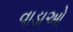
વાડાઓ